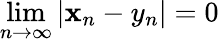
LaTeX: \operatorname*{lim}_{n\to\infty}|\mathbf{x}_{n}-y_{n}|=0